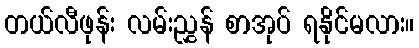
တယ်လီဖုန်း လမ်းညွှန် စာအုပ် ရနိုင်မလား။